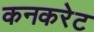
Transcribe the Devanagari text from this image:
कनकरेट